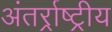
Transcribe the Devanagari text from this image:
अंतर्र्राष्‍ट्रीय